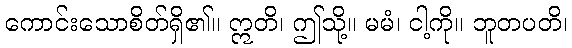
ကောင်းသောစိတ်ရှိ၏။ ဣတိ၊ ဤသို့။ မမံ၊ ငါ့ကို။ ဘူတပတိ၊